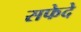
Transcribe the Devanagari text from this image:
सफेदे